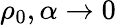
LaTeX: \rho_{0},\alpha\rightarrow 0